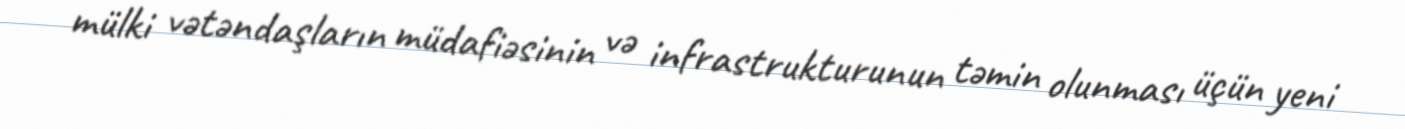
mülki vətəndaşların müdafiəsinin və infrastrukturunun təmin olunması üçün yeni